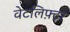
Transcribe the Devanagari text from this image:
वेटलिफ़्टर